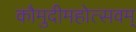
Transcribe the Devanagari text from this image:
कौमुदीमहोत्सवम्